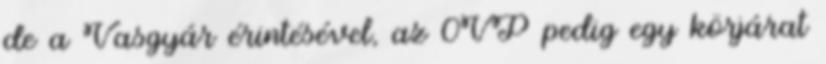
de a Vasgyár érintésével, az 0VP pedig egy körjárat